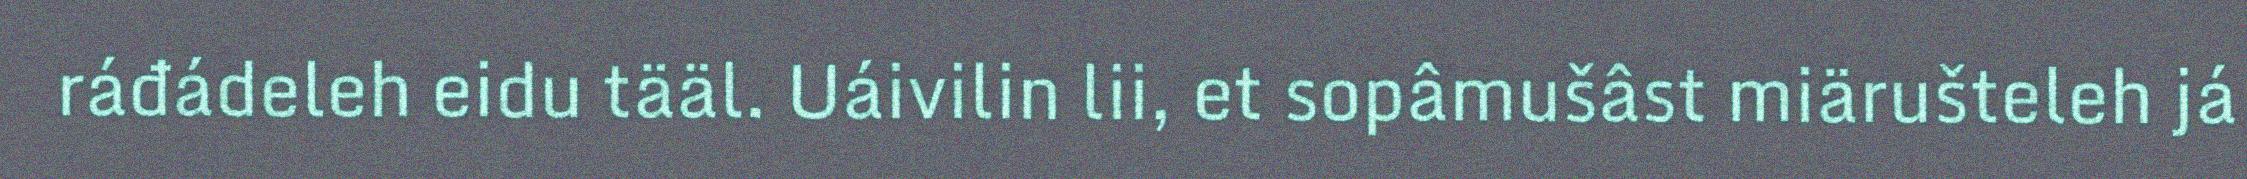
ráđádeleh eidu tääl. Uáivilin lii, et sopâmušâst miärušteleh já